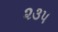
૨૩૫